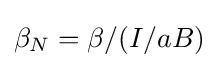
\beta _{N}=\beta /(I/aB)